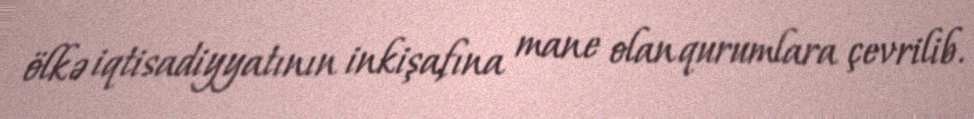
ölkə iqtisadiyyatının inkişafına mane olan qurumlara çevrilib.